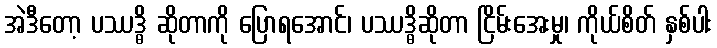
အဲဒီတော့ ပဿဒ္ဓိ ဆိုတာကို ပြောရအောင်၊ ပဿဒ္ဓိဆိုတာ ငြိမ်းအေးမှု၊ ကိုယ်စိတ် နှစ်ပါး